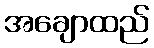
အချောထည်